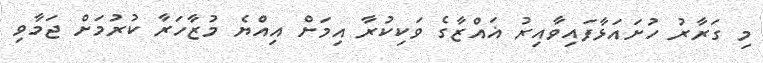
މި ގަރާރު ހުށައަޅާފައިވާއިރު ޣައްޒާގެ ވަކިކުރާ އިމަށް އިއްޔެ މުޒާހަރާ ކުރުމަށް ޖަމާވި